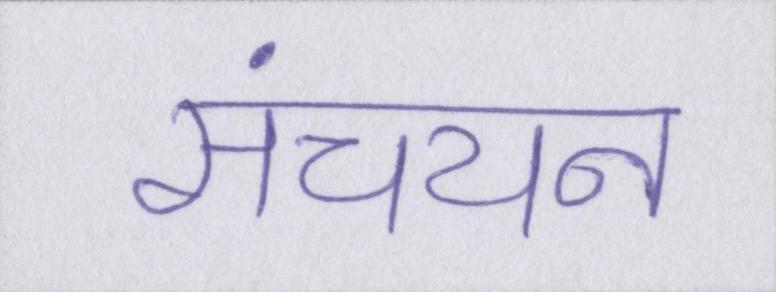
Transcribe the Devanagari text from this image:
संचयन